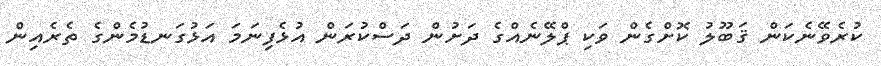
ކުރެވޭނެކަން ޤަބޫލު ކޮށްގެން ވަކި ޕްލޭނެއްގެ ދަށުން ދަސްކުރަން އުޅެފިނަމަ އަޅުގަނޑުމެންގެ ތެރެއިން